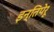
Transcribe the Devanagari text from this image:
इन्तिपेरू